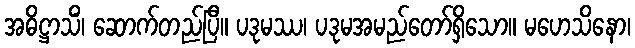
အဓိဋ္ဌာသိံ၊ ဆောက်တည်ပြီ။ ပဒုမဿ၊ ပဒုမအမည်တော်ရှိသော။ မဟေသိနော၊